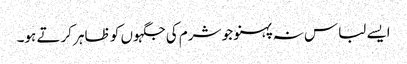
ایسے لباس نہ پہنو جو شرم کی جگہوں کو ظاہر کرتے ہو۔